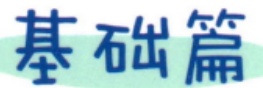
基础篇